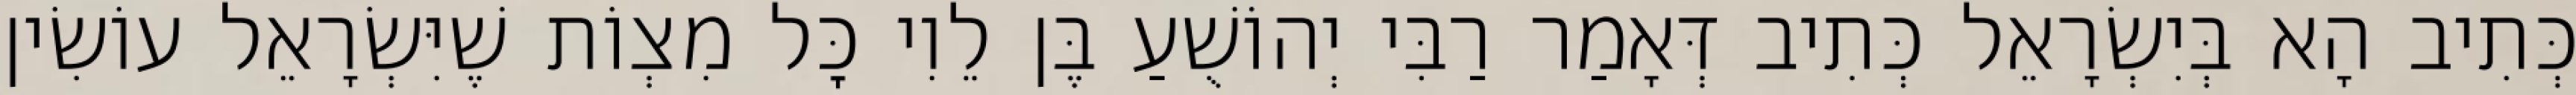
כְּתִיב הָא בְּיִשְׂרָאֵל כְּתִיב דְּאָמַר רַבִּי יְהוֹשֻׁעַ בֶּן לֵוִי כׇּל מִצְוֹת שֶׁיִּשְׂרָאֵל עוֹשִׂין